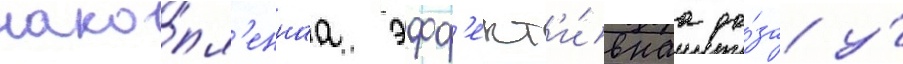
нако́пл'еннаа эфф'ект'и́внаа до́за у́